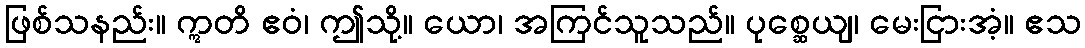
ဖြစ်သနည်း။ ဣတိ ဧဝံ၊ ဤသို့။ ယော၊ အကြင်သူသည်။ ပုစ္ဆေယျ၊ မေးငြားအံ့။ ဧသ